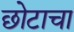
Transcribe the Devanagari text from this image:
छोटाचा